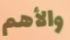
والأهم